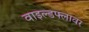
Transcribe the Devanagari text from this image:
वाइल्डफ्लावर